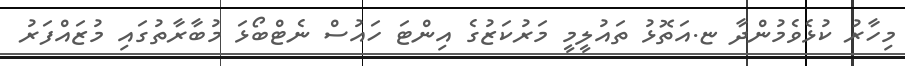
މިހާރު ކުޅެވެމުންދާ ޏ.އަތޮޅު ތައުލީމީ މަރުކަޒުގެ އިންޓަ ހައުސް ނެޓްބޯޅަ މުބާރާތުގައި މުޒައްފަރު